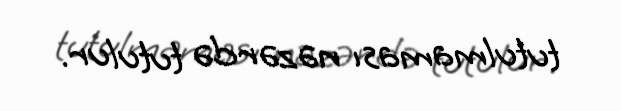
tutulmaması nəzərdə tutulur.